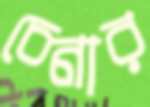
চেনার